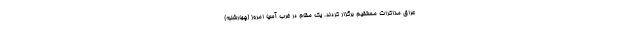
عراق مذاکرات مستقیم برگزار کردند. یک مقام در غرب آسیا امروز (چهارشنبه)